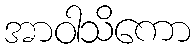
အာဝါသိကော